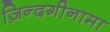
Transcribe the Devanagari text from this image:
ज़िन्दगीनामा